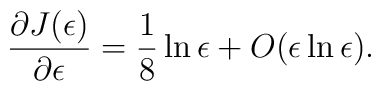
\frac{\partial J(\epsilon)}{\partial\epsilon}=\frac{1}{8}\ln\epsilon+O(\epsilon\ln\epsilon).